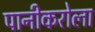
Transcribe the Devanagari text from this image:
पानीकरोला